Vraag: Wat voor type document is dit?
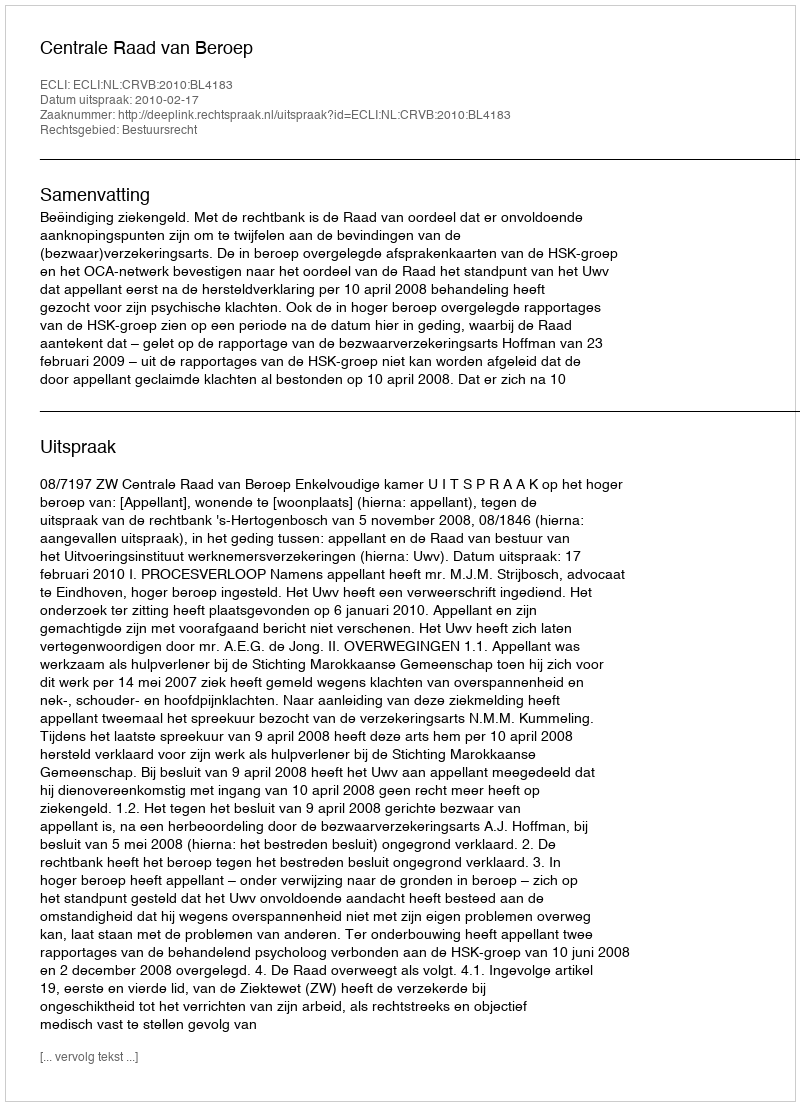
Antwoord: Uitspraak